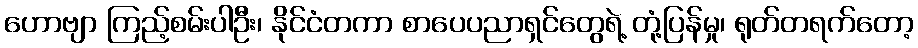
ဟောဗျာ ကြည့်စမ်းပါဦး၊ နိုင်ငံတကာ စာပေပညာရှင်တွေရဲ့ တုံ့ပြန်မှု၊ ရုတ်တရက်တော့